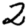
Digit: 2